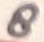
Text: 8